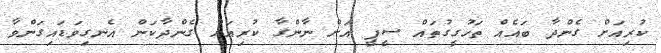
ކުރިއަށް ގެންދާ ބައެއް ތަހުގީގުތައް ސީޕީ އަށް ނާންގާ ކުރިއަށް ގެންދާކަން އެނގިވަޑައިގަންވާ